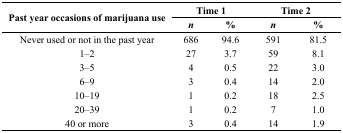
<table><thead><tr><td rowspan="2"><b>Past year occasions of marijuana use</b></td><td colspan="2"><b>Time 1</b></td><td colspan="2"><b>Time 2</b></td></tr><tr><td><b><i>n</i></b></td><td><b>%</b></td><td><b><i>n</i></b></td><td><b>%</b></td></tr></thead><tbody><tr><td>Never used or not in the past year</td><td>686</td><td>94.6</td><td>591</td><td>81.5</td></tr><tr><td>1–2</td><td>27</td><td>3.7</td><td>59</td><td>8.1</td></tr><tr><td>3–5</td><td>4</td><td>0.5</td><td>22</td><td>3.0</td></tr><tr><td>6–9</td><td>3</td><td>0.4</td><td>14</td><td>2.0</td></tr><tr><td>10–19</td><td>1</td><td>0.2</td><td>18</td><td>2.5</td></tr><tr><td>20–39</td><td>1</td><td>0.2</td><td>7</td><td>1.0</td></tr><tr><td>40 or more</td><td>3</td><td>0.4</td><td>14</td><td>1.9</td></tr></tbody></table>